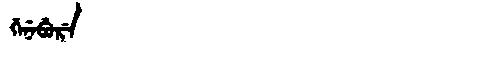
Manchu: ᡤᡝᠨᡝᠪᡠᡵᡝ
Romanization: GENEBURE